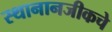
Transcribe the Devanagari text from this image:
स्थानानजीकचे